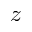
z